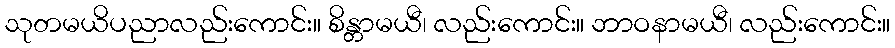
သုတမယိပညာလည်းကောင်း။ စိန္တာမယီ၊ လည်းကောင်း။ ဘာဝနာမယီ၊ လည်းကောင်း။